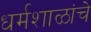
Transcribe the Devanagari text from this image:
धर्मशाळांचे